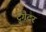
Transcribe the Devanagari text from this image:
टुगैदर